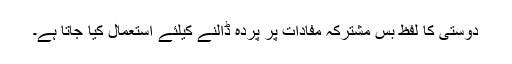
دوستی کا لفظ بس مشترکہ مفادات پر پردہ ڈالنے کیلئے استعمال کیا جاتا ہے۔